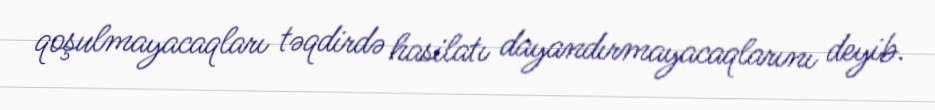
qoşulmayacaqları təqdirdə hasilatı dayandırmayacaqlarını deyib.